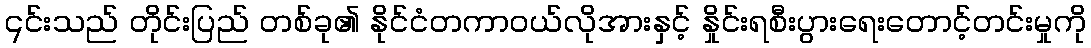
၎င်းသည် တိုင်းပြည် တစ်ခု၏ နိုင်ငံတကာဝယ်လိုအားနှင့် နှိုင်းရစီးပွားရေးတောင့်တင်းမှုကို